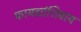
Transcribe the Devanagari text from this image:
फायद्यांशिवाय